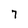
Character: 7